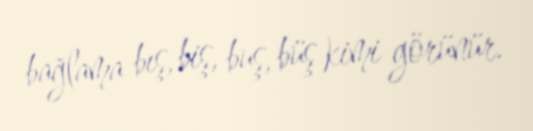
bağlama bış, biş, buş, büş kimi görünür.